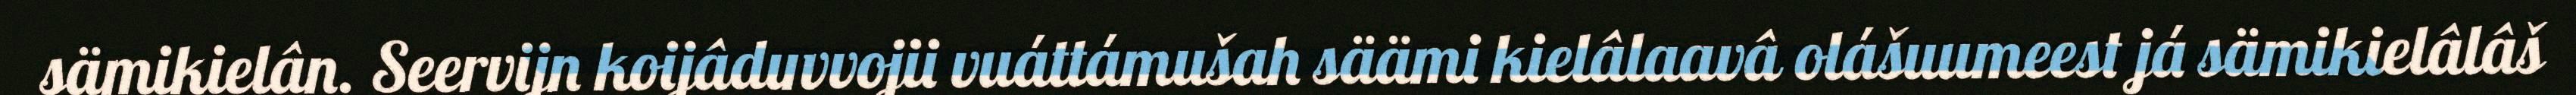
sämikielân. Seervijn koijâduvvojii vuáttámušah säämi kielâlaavâ olášuumeest já sämikielâlâš